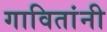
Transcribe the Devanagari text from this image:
गावितांनी